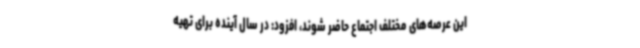
این عرصه‌های مختلف اجتماع حاضر شوند، افزود: در سال آینده برای تهیه